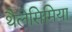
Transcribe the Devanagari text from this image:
थैलेसिमिया